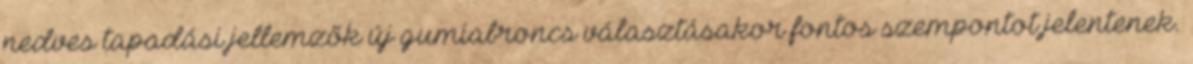
nedves tapadási jellemzők új gumiabroncs választásakor fontos szempontot jelentenek.